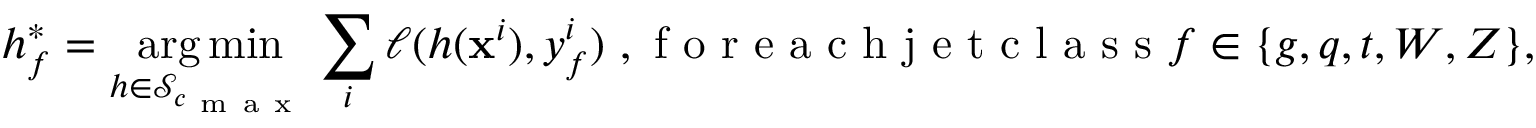
h _ { f } ^ { * } = \operatorname * { a r g \, m i n } _ { h \in \mathcal { S } _ { c _ { \mathrm { ~ m ~ a ~ x ~ } } } } \sum _ { i } \ell ( h ( \mathbf { x } ^ { i } ) , y _ { f } ^ { i } ) \mathrm { ~ , ~ f ~ o ~ r ~ e ~ a ~ c ~ h ~ j ~ e ~ t ~ c ~ l ~ a ~ s ~ s ~ } f \in \{ g , q , t , W , Z \} ,